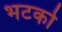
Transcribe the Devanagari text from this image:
भटको